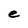
Character: e